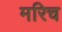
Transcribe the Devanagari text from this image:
मरिच